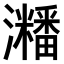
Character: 𤄜